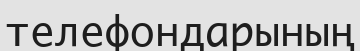
телефондарының